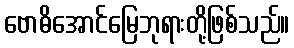
ဗောဓိအောင်မြေဘုရားတို့ဖြစ်သည်။